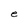
Character: e